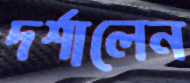
দর্শালেন